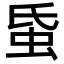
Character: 𧉜